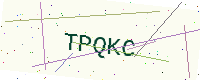
Text: TPQKC